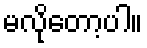
မလိုတော့ပါ။